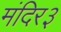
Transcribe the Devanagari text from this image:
मंदिर३